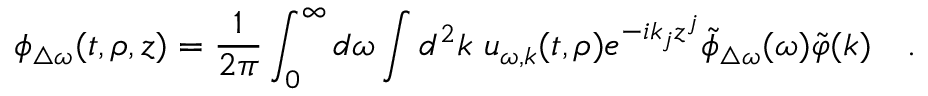
\phi _ { \triangle \omega } ( t , \rho , z ) = { \frac { 1 } { 2 \pi } } \int _ { 0 } ^ { \infty } d \omega \int d ^ { 2 } k ~ u _ { \omega , k } ( t , \rho ) e ^ { - i k _ { j } z ^ { j } } \tilde { \phi } _ { \triangle \omega } ( \omega ) \tilde { \varphi } ( k ) ~ ~ ~ .